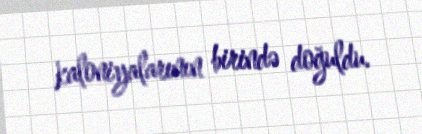
kaloniyalarının birində doğuldu.